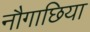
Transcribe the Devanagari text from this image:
नौगाछिया